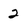
Character: 2